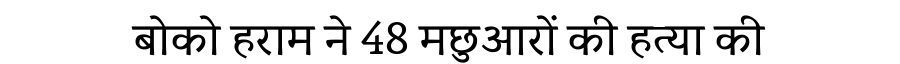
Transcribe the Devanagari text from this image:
बोको हराम ने 48 मछुआरों की हत्या की